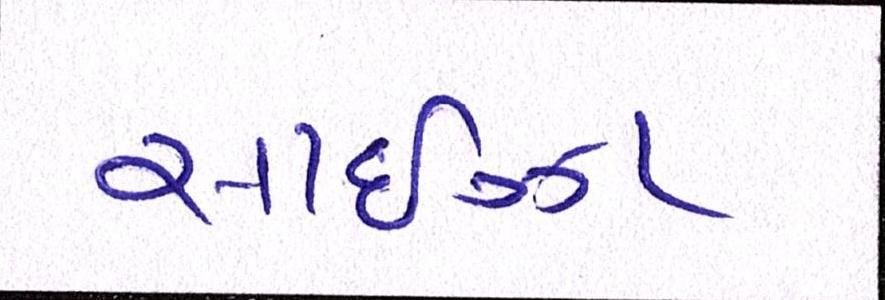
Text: સાઈઝા